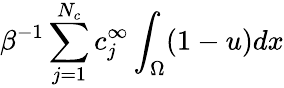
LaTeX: \beta^{-1}\sum_{j=1}^{N_{c}}c_{j}^{\infty}\int_{\Omega}(1-u)dx